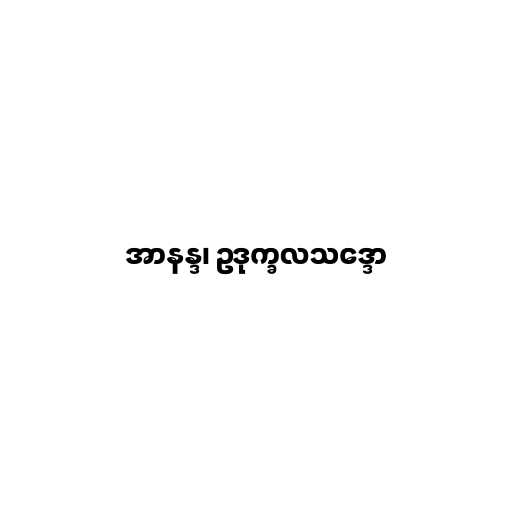
အာနန္ဒ၊ ဥဒုက္ခလသဒ္ဒော